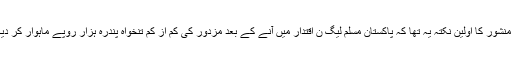
اس منشور کا اولین نکتہ یہ تھا کہ پاکستان مسلم لیگ ن اقتدار میں آنے کے بعد مزدور کی کم از کم تنخواہ پندرہ ہزار روپے ماہوار کر دیگی۔